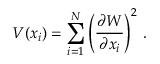
V ( x _ { i } ) = \sum _ { i = 1 } ^ { N } \left( \frac { \partial W } { \partial x _ { i } } \right) ^ { 2 } \, .